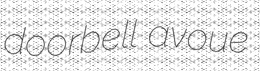
doorbell avoue